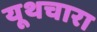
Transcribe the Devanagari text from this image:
यूथचारा